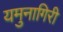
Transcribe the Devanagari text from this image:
यमुनागिरी